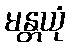
မန္တယုံ